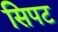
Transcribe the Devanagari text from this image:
सिपट